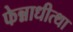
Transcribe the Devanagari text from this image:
फेन्नाधीत्था